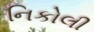
નિકોલી